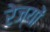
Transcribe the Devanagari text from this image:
रेज्यों